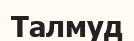
Талмуд